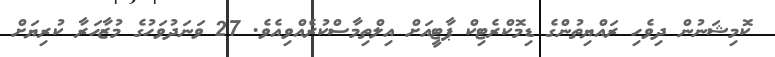
ކޮމިޝަނުން ދިވެހި ރައްޔިތުންގެ ޑިމޮކްރެޓިކް ޕާޓީއަށް އިލްތިމާސްކުރެއްވިއެވެ. 27 ވަނަދުވަހުގެ މުޒާހަރާ ކުރިޔަށް